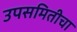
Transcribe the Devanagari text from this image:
उपसमितीचा